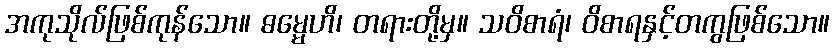
အကုသိုလ်ဖြစ်ကုန်သော။ ဓမ္မေဟိ၊ တရားတို့မှ။ သဝိစာရံ၊ ဝိစာရနှင့်တကွဖြစ်သော။